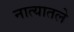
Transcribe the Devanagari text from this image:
नात्यातले